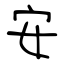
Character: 安